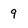
Character: 9